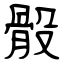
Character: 骰